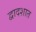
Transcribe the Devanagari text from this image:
द्वादशात